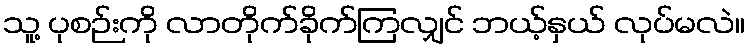
သူ့ ပုစဉ်းကို လာတိုက်ခိုက်ကြလျှင် ဘယ့်နှယ် လုပ်မလဲ။